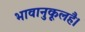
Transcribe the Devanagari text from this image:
भावानुकूलहै।